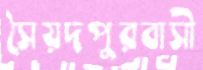
সৈয়দপুরবাসী